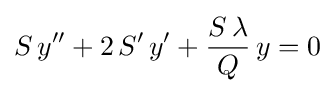
S\,y''+2\,S'\,y'+{\frac {S\,\lambda }{Q}}\,y=0